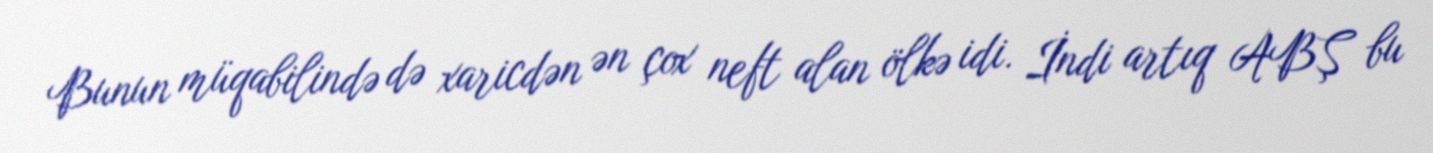
Bunun müqabilində də xaricdən ən çox neft alan ölkə idi. İndi artıq ABŞ bu